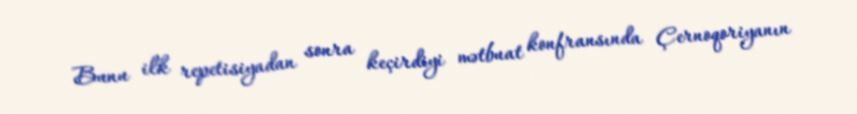
Bunu ilk repetisiyadan sonra keçirdiyi mətbuat konfransında Çernoqoriyanın